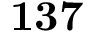
\mathbf { 1 3 7 }